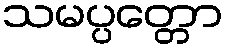
သမပ္ပတ္တော